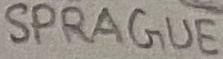
Text: SPRAGUE